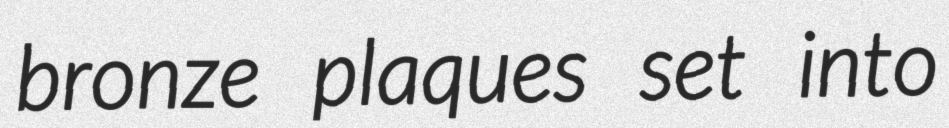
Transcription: bronze plaques set into